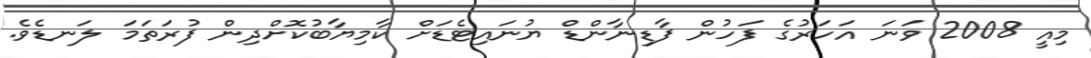
މިއީ 2008 ވަނަ އަހަރުގެ ފަހުން ފާޑިނާންޑް ޔުނައިޓެޑަށް ކާމިޔާބުކޮށްދިން ފުރަތަމަ ލަނޑެވެ.